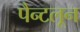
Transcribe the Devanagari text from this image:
पैन्टलून